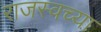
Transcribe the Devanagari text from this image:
राजस्वच्या